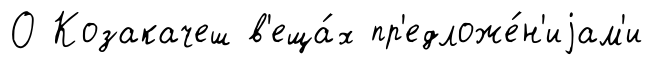
О Козакачеш в'еща́х пр'едложе́н'иjам'и